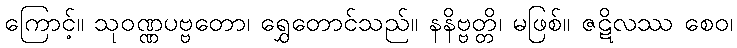
ကြောင့်။ သုဝဏ္ဏပဗ္ဗတော၊ ရွှေတောင်သည်။ နနိဗ္ဗတ္တိ၊ မဖြစ်။ ဇဋိလဿ စေဝ၊